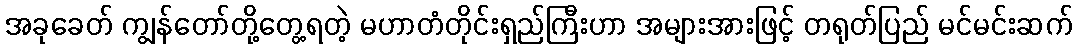
အခုခေတ် ကျွန်တော်တို့တွေ့ရတဲ့ မဟာတံတိုင်းရှည်ကြီးဟာ အများအားဖြင့် တရုတ်ပြည် မင်မင်းဆက်